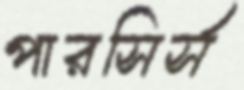
পারসির্স